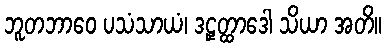
ဘူတဘာဝေ ပသံသာယံ၊ ဒဠှတ္ထာဒေါ သိယာ အတိ။